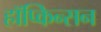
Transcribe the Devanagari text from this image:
हॉप्किन्सन